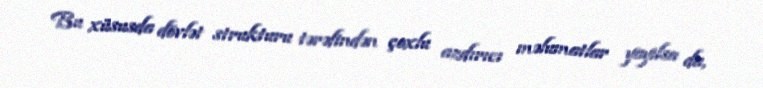
Bu xüsusda dövlət strukturu tərəfindən çoxlu azdırıcı məlumatlar yayılsa da,